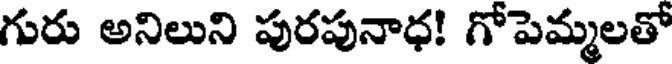
గురు అనిలుని పురపునాధ! గోపెమ్మలతో